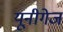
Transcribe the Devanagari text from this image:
यूनीगेज